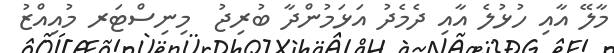
މާލޭ އާއި ހުޅުލެ އާއި ދެމެދު އަޅަމުންދާ ބުރިޖު  މިނިސްޓަރ މުއިއްޒު